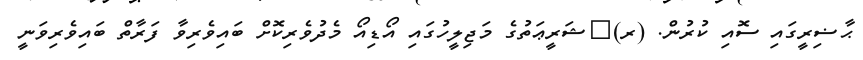
ޙާޟިރީގައި ސޮއި ކުރުން. (ރ)	ޝަރީޢަތުގެ މަޖިލީހުގައި އޯޑިއޯ މެދުވެރިކޮށް ބައިވެރިވާ ފަރާތް ބައިވެރިވަނީ